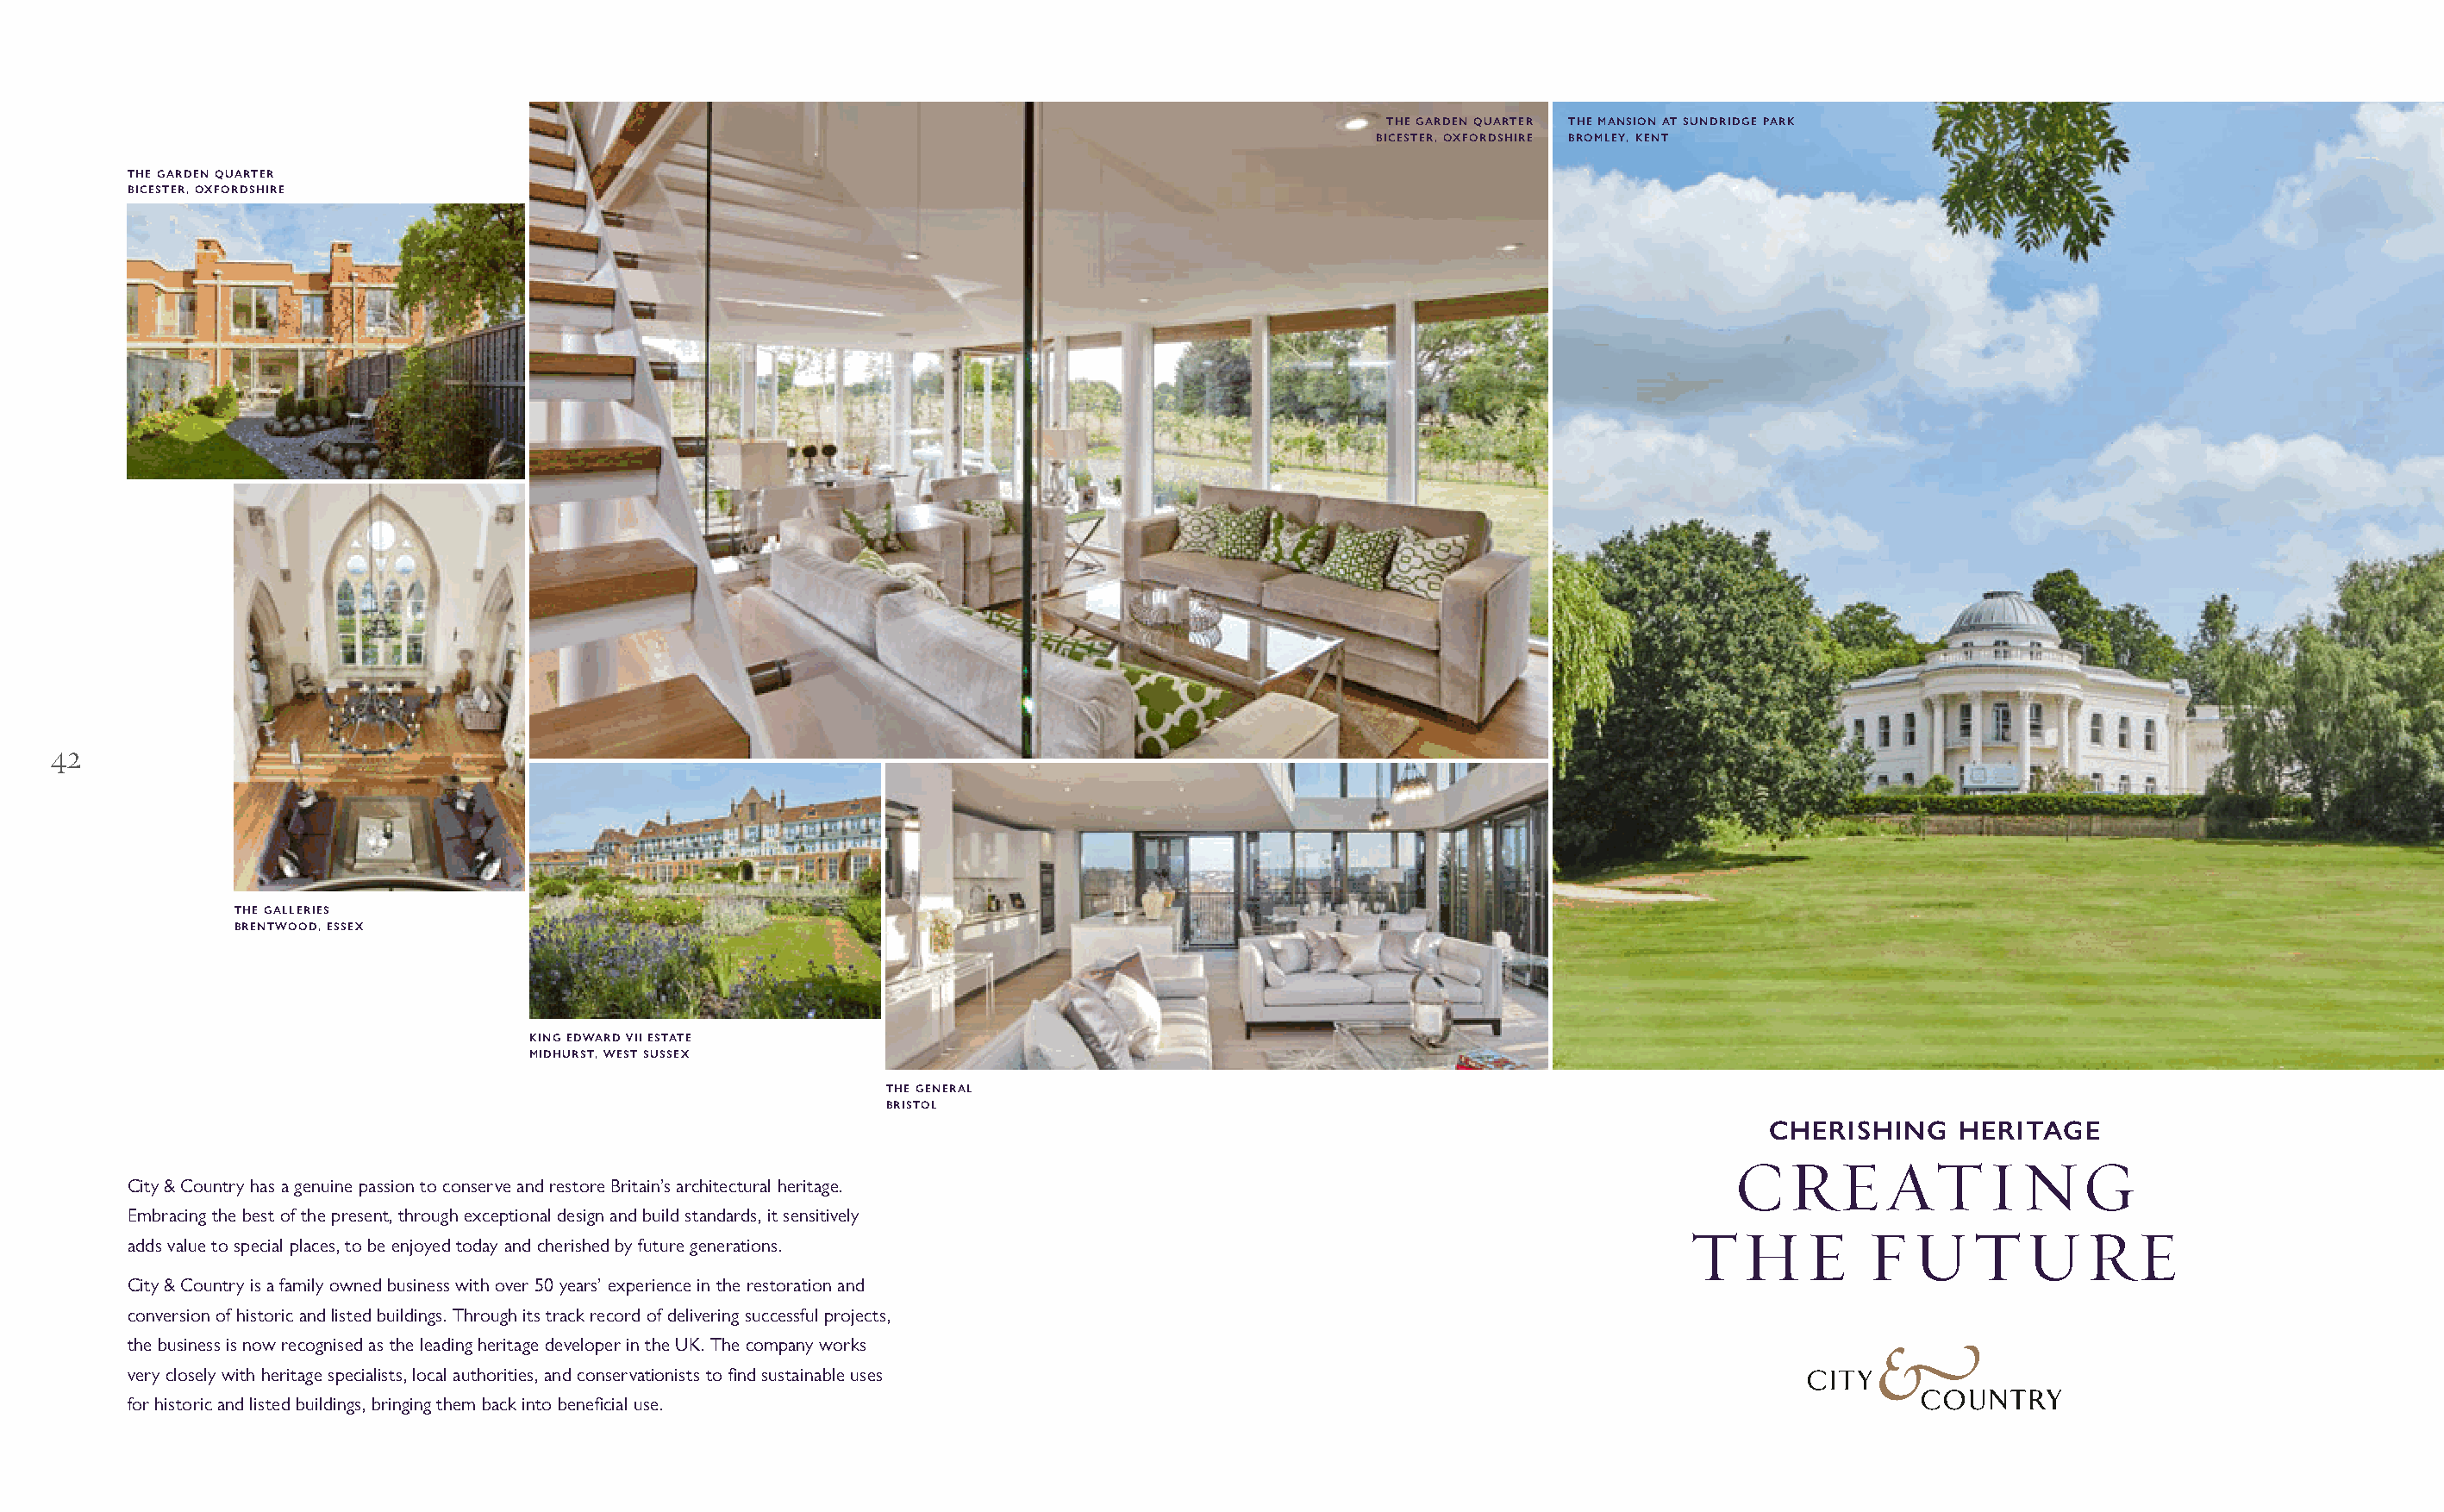
THE GARDEN QUARTER THE MANSION AT SUNDRIDGE PARK
 BICESTER, OXFORDSHIRE BROMLEY, KENT
 THE GARDEN QUARTER
 BICESTER, OXFORDSHIRE
 THE GARDEN QUARTER
 BICESTER
 42
 THE GALLERIES
 BRENTWOOD, ESSEX
 KING EDWARD VII ESTATE
 MIDHURST, WEST SUSSEX
 THE GENERAL
 BRISTOL
 CHERISHING    HERITAGE
 CREATING
 City & Country has a genuine passion to conserve and restore Britain’s architectural heritage.
 Embracing the best of the present, through exceptional design and build standards, it sensitively                       THE          FUTURE
 adds value to special places, to be enjoyed today and cherished by future generations.
 City & Country is a family owned business with over 50 years’ experience in the restoration and
 conversion of historic and listed buildings. Through its track record of delivering successful projects,
 the business is now recognised as the leading heritage developer in the UK. The company works
 very closely with heritage specialists, local authorities, and conservationists to fi nd sustainable uses
 for historic and listed buildings, bringing them back into benefi cial use.